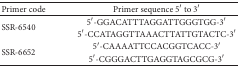
| Primer code | Primer sequence 5′ to 3′ |
 | --- | --- |
 | <ROWSPAN=2> SSR-6540 | 5′-GGACATTTAGGATTGGGTGG-3′ |
 | 5′-CCATAGGTTAAACTTATTGTACTC-3′ |
 | <ROWSPAN=2> SSR-6652 | 5′-CAAAATTCCACGGTCACC-3′ |
 | 5′-CGGGACTTGAGGTAGCGCG-3′ |